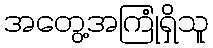
အတွေ့အကြုံရှိသူ